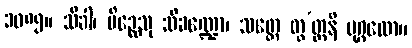
၁၀၈၅။ သိခါ၊ ပိဉ္ဆေသု သိခဏ္ဍော၊ သတ္တေ တွ’တ္တနိ ပုဂ္ဂလော။